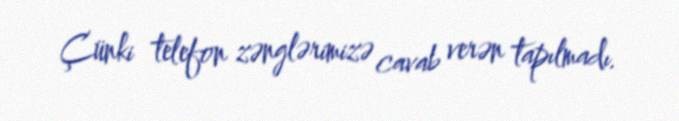
Çünki telefon zənglərimizə cavab verən tapılmadı.